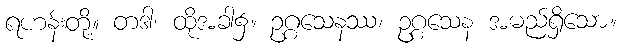
ရဟန်းတို့။ တဒါ၊ ထိုအခါ၌။ ဥဂ္ဂသေနဿ၊ ဥဂ္ဂသေန အမည်ရှိသော။